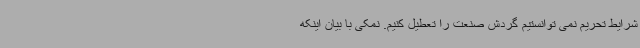
شرایط تحریم نمی توانستیم گردش صنعت را تعطیل کنیم. نمکی با بیان اینکه